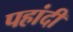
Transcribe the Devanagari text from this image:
पहांदी